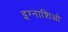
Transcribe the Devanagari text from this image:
इग्नाशिओ